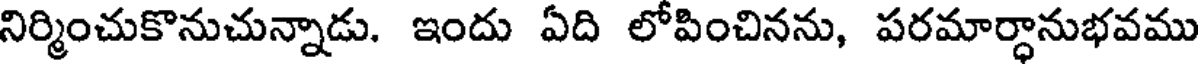
నిర్మించుకొనుచున్నాడు. ఇందు ఏది లోపించినను, పరమార్ధానుభవము